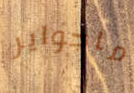
ماجواير